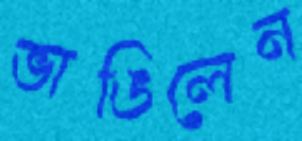
ভাঙিলেন